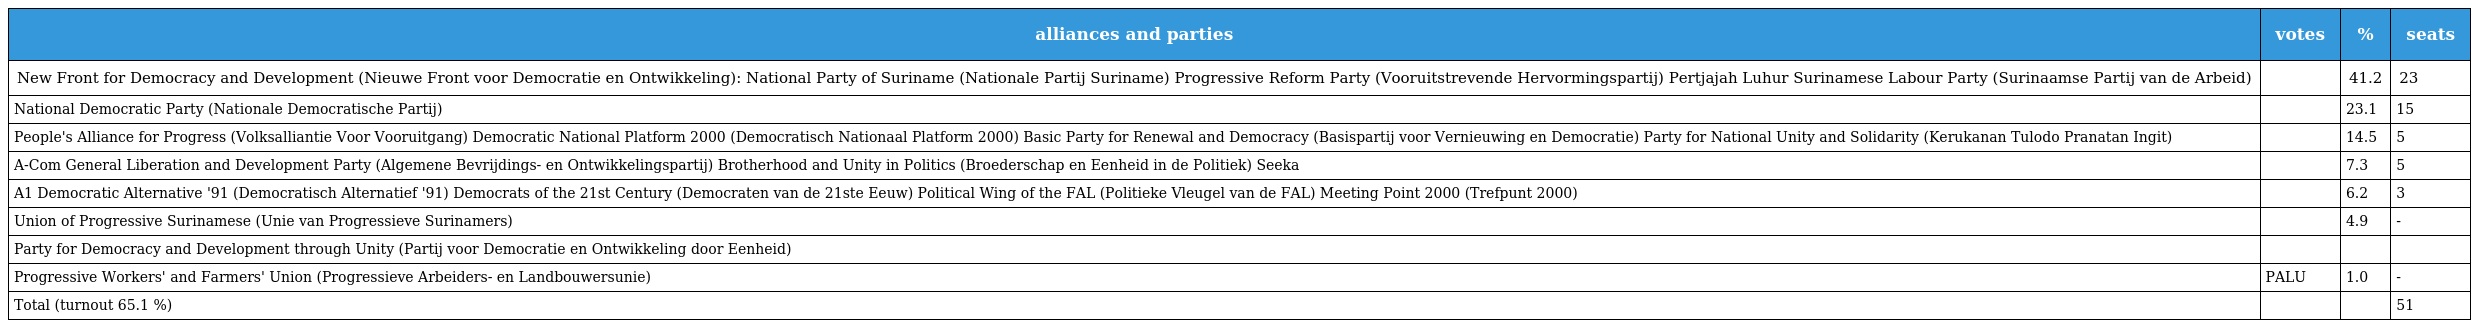
| alliances and parties | votes | % | seats |
 | --- | --- | --- | --- |
 | New Front for Democracy and Development (Nieuwe Front voor Democratie en Ontwikkeling): National Party of Suriname (Nationale Partij Suriname) Progressive Reform Party (Vooruitstrevende Hervormingspartij) Pertjajah Luhur Surinamese Labour Party (Surinaamse Partij van de Arbeid) |  | 41.2 | 23 |
 | National Democratic Party (Nationale Democratische Partij) |  | 23.1 | 15 |
 | People's Alliance for Progress (Volksalliantie Voor Vooruitgang) Democratic National Platform 2000 (Democratisch Nationaal Platform 2000) Basic Party for Renewal and Democracy (Basispartij voor Vernieuwing en Democratie) Party for National Unity and Solidarity (Kerukanan Tulodo Pranatan Ingit) |  | 14.5 | 5 |
 | A-Com General Liberation and Development Party (Algemene Bevrijdings- en Ontwikkelingspartij) Brotherhood and Unity in Politics (Broederschap en Eenheid in de Politiek) Seeka |  | 7.3 | 5 |
 | A1 Democratic Alternative '91 (Democratisch Alternatief '91) Democrats of the 21st Century (Democraten van de 21ste Eeuw) Political Wing of the FAL (Politieke Vleugel van de FAL) Meeting Point 2000 (Trefpunt 2000) |  | 6.2 | 3 |
 | Union of Progressive Surinamese (Unie van Progressieve Surinamers) |  | 4.9 | - |
 | Party for Democracy and Development through Unity (Partij voor Democratie en Ontwikkeling door Eenheid) |  |  |  |
 | Progressive Workers' and Farmers' Union (Progressieve Arbeiders- en Landbouwersunie) | PALU | 1.0 | - |
 | Total (turnout 65.1 %) |  |  | 51 |